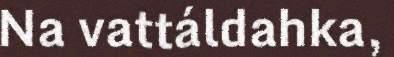
Na vattáldahka,